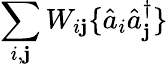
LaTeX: \sum_{i,\mathbf{j}}W_{i\mathbf{j}}\{ \hat{{a}}_{i}\hat{{a}}_{\mathbf{j}}^{\dagger}\}